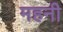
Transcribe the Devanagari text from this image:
महनी